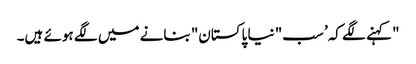
" کہنے لگے کہ’ سب" نیا پاکستان" بنانے میں لگے ہوئے ہیں۔